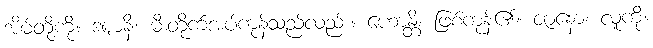
အိမ်တို့ကို။ ဒဍ္ဎာနိ၊ မီးတိုက်အပ်ကုန်သည်လည်း။ ဟောန္တိ၊ ဖြစ်ကုန်၏။ ဇာနော၊ လူကို။